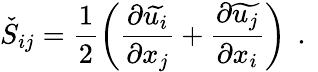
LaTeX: \check{S}_{ij}=\frac{1}{2}\left(\frac{\partial\widetilde{u_{i}}}{\partial x_{j}}+\frac{\partial\widetilde{u_{j}}}{\partial x_{i}}\right)\, \mathrm{~.~}